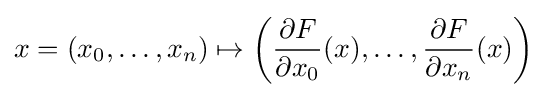
x=(x_{0},\ldots ,x_{n})\mapsto \left({\frac {\partial F}{\partial x_{0}}}(x),\ldots ,{\frac {\partial F}{\partial x_{n}}}(x)\right)